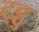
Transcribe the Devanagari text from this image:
ट्ट्टु